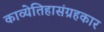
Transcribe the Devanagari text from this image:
काव्येतिहासंग्रहकार